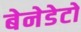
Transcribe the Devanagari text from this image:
बेनेडेटो